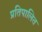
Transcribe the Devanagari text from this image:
प्रतिपालित